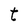
Character: t